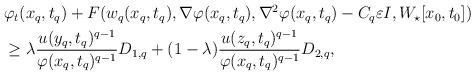
LaTeX: \begin{align*}\begin{aligned}&\varphi_t(x_q, t_q)+F(w_q(x_q, t_q), \nabla\varphi(x_q, t_q), \nabla^2\varphi(x_q, t_q)-C_q\varepsilon I, W_\star[x_0, t_0])\\&\geq \lambda \frac{u(y_q, t_q)^{q-1}}{\varphi(x_q, t_q)^{q-1}} D_{1, q}+ (1-\lambda) \frac{u(z_q, t_q)^{q-1}}{\varphi(x_q, t_q)^{q-1}}D_{2, q},\end{aligned}\end{align*}